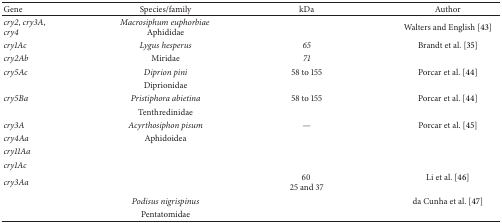
| Gene | Species/family | kDa | Author |
 | --- | --- | --- | --- |
 | cry2, cry3A, cry4 | Macrosiphum euphorbiae Aphididae |  | Walters and English [43] |
 | cry1Ac | Lygus hesperus | 65 | Brandt et al. [35] |
 | cry2Ab | Miridae | 71 |  |
 | cry5Ac | Diprion pini | 58 to 155 | Porcar et al. [44] |
 |  | Diprionidae |  |  |
 | cry5Ba | Pristiphora abietina | 58 to 155 | Porcar et al. [44] |
 |  | Tenthredinidae |  |  |
 | cry3A | Acyrthosiphon pisum | — | Porcar et al. [45] |
 | cry4Aa | Aphidoidea |  |  |
 | cry11Aa |  |  |  |
 | cry1Ac |  |  |  |
 | cry3Aa |  | 60 25 and 37 | Li et al. [46] |
 |  | Podisus nigrispinus |  | da Cunha et al. [47] |
 |  | Pentatomidae |  |  |